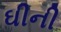
ઘીની